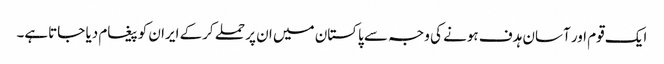
ایک قوم اور آسان ہدف ہونے کی وجہ سے پاکستان میں ان پر حملے کرکے ایران کو پیغام دیا جاتاہے۔